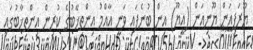
ޔޫރަޕިއަން ޔޫނިއަން (އީޔޫ) އިން ބުނެފައި ވަނީ އާއްމު އިންތިޚާބުގެ ކުރިން އިންތިޚާބުގައި